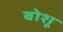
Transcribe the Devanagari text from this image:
बोशू